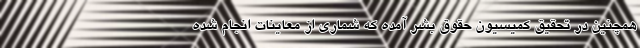
همچنین در تحقیق کمیسیون حقوق بشر آمده که شماری از معاینات انجام شده